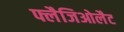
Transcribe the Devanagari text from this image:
फ्लैजिओलैट